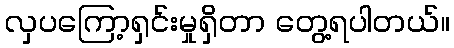
လှပကြော့ရှင်းမှုရှိတာ တွေ့ရပါတယ်။